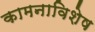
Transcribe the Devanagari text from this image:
कामनाविशेष